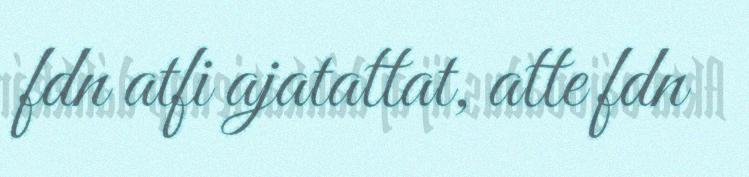
fdn atfi ajatattat, atte fdn